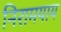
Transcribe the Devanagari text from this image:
निरामयाय